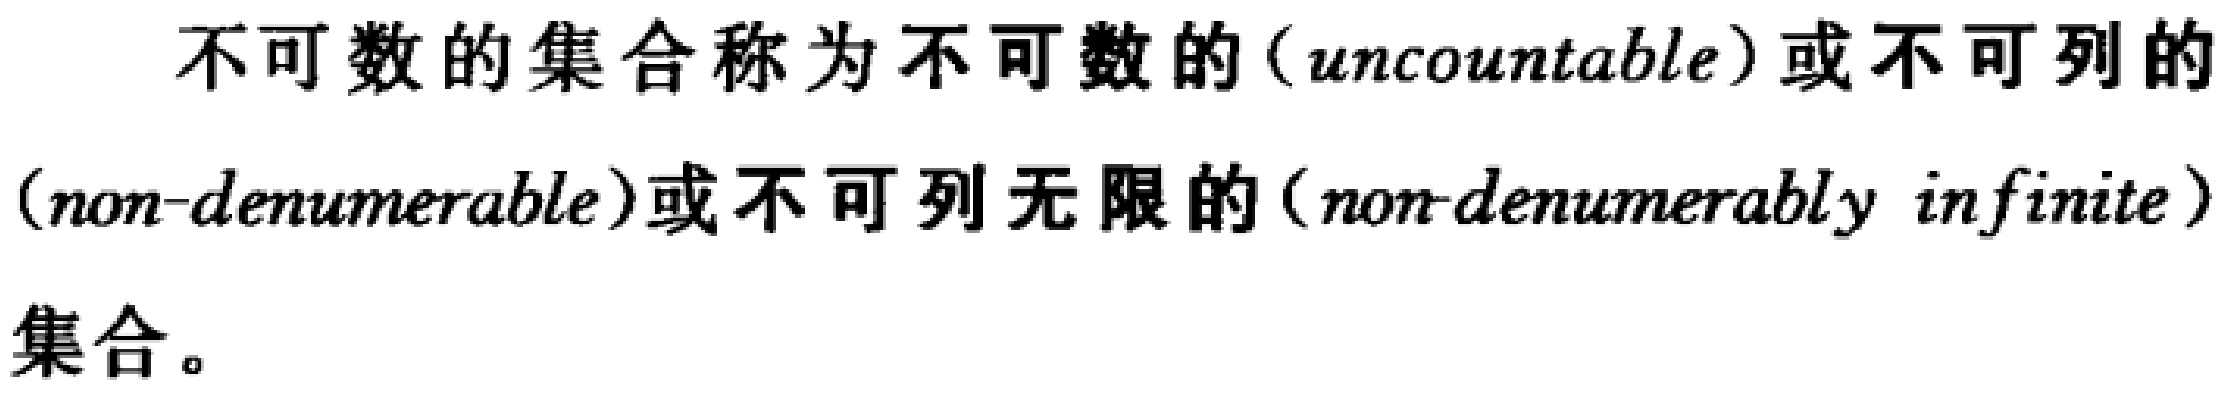
不可数的集合称为不可数的（\(uncountable\)）或不可列的（\(non - denumerable\)）或不可列无限的（\(non - denumerably\ infinite\)）集合。